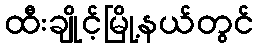
ထီးချိုင့်မြို့နယ်တွင်